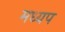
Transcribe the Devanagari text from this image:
मध्यप